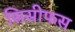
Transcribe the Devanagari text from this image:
सिसीफस